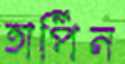
তার্পিন